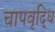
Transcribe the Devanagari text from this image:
चापवृद्धि